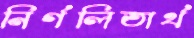
নির্গলিতার্থ